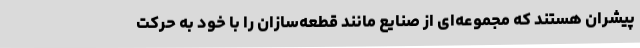
پیشران هستند که مجموعه‌ای از صنایع مانند قطعه‌سازان را با خود به حرکت